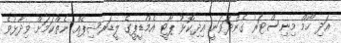
އަދި ހޯމް މިނިސްޓަރު ގެންދަވަނީ އިދިކޮޅު ޕާޓީ އެމްޑީޕީގެ ލީޑަރޝިޕެއް ނެތްކަމަށް ވިދާޅުވެ